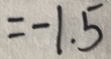
= - 1 . 5